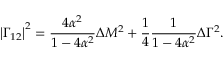
\left| \Gamma _ { 1 2 } \right| ^ { 2 } = \frac { 4 \alpha ^ { 2 } } { 1 - 4 \alpha ^ { 2 } } \Delta M ^ { 2 } + \frac { 1 } { 4 } \frac { 1 } { 1 - 4 \alpha ^ { 2 } } \Delta \Gamma ^ { 2 } .